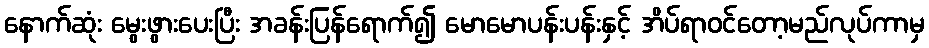
နောက်ဆုံး မွေးဖွားပေးပြီး အခန်းပြန်ရောက်၍ မောမောပန်းပန်းနှင့် အိပ်ရာဝင်တော့မည်လုပ်ကာမှ